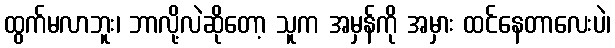
ထွက်မလာဘူး၊ ဘာလို့လဲဆိုတော့ သူက အမှန်ကို အမှား ထင်နေတာလေးပဲ၊